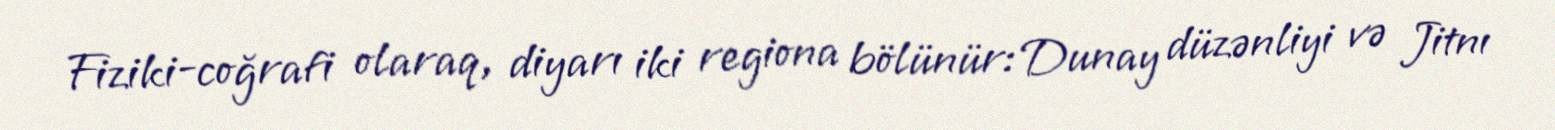
Fiziki-coğrafi olaraq, diyarı iki regiona bölünür: Dunay düzənliyi və Jitnı